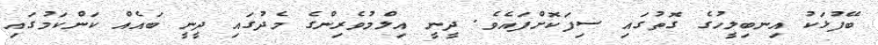
ބޭފުޅަކު އިނބިލީހުގެ ގޮތުގައި ސިފަކޮށްފައެވެ. ދީނީ އިލްމުވެރިންގެ މެދުގައި ދީނީ ބައެއް ކަންކަމުގައި